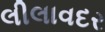
લીલાવદર